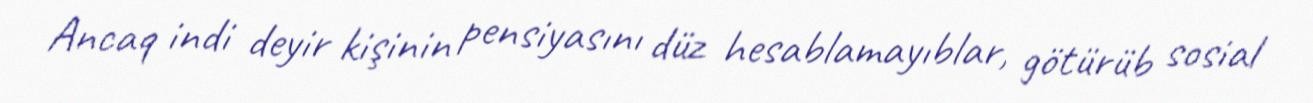
Ancaq indi deyir kişinin pensiyasını düz hesablamayıblar, götürüb sosial